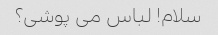
سلام! لباس می پوشی؟